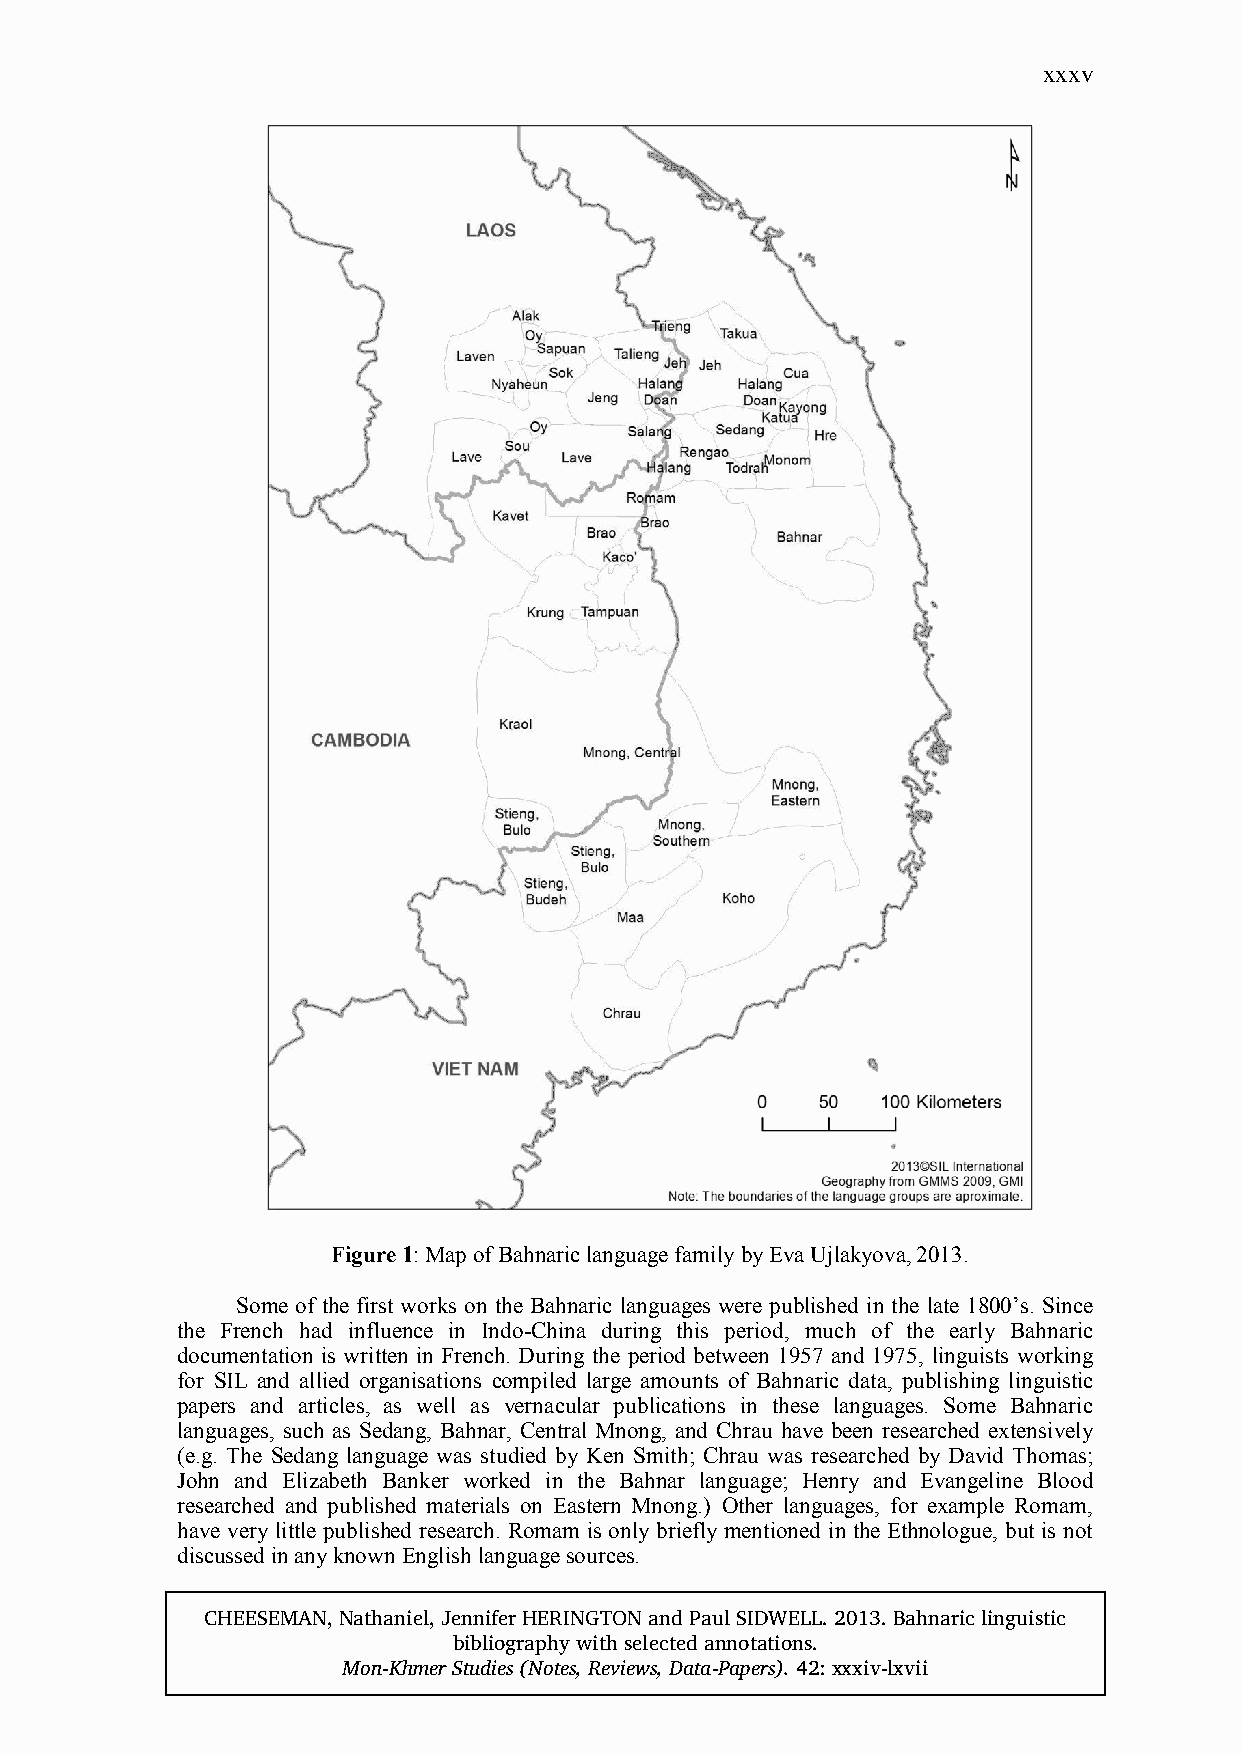
xxxv
 Figure 1: Map of Bahnaric language family by Eva Ujlakyova, 2013.
 Some of the first works on the Bahnaric languages were published in the late 1800’s. Since
 the French had influence in Indo-China during this period, much of the early Bahnaric
 documentation is written in French. During the period between 1957 and 1975, linguists working
 for SIL and allied organisations compiled large amounts of Bahnaric data, publishing linguistic
 papers and articles, as well as vernacular publications in these languages. Some Bahnaric
 languages, such as Sedang, Bahnar, Central Mnong, and Chrau have been researched extensively
 (e.g. The Sedang language was studied by Ken Smith; Chrau was researched by David Thomas;
 John and Elizabeth Banker worked in the Bahnar language; Henry and Evangeline Blood
 researched and published materials on Eastern Mnong.) Other languages, for example Romam,
 have very little published research. Romam is only briefly mentioned in the Ethnologue, but is not
 discussed in any known English language sources.
 CHEESEMAN, Nathaniel, Jennifer HERINGTON and Paul SIDWELL. 2013. Bahnaric linguistic
 bibliography with selected annotations.
 Mon-Khmer Studies (Notes, Reviews, Data-Papers). 42: xxxiv-lxvii